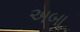
અબા